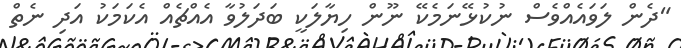
"ދެން ލަވައެއްވެސް ނުކުޅޭނަމެކޭ ނޫން ހިޔާލަކީ ބަދަލުވާ އެއްޗެއް އެކަމަކު އަދި ނެތް